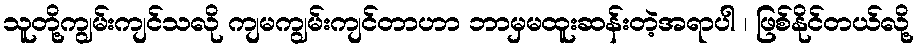
သူတို့ကျွမ်းကျင်သလို ကျမကျွမ်းကျင်တာဟာ ဘာမှမထူးဆန်းတဲ့အရာပါ ၊ ဖြစ်နိုင်တယ်လို့